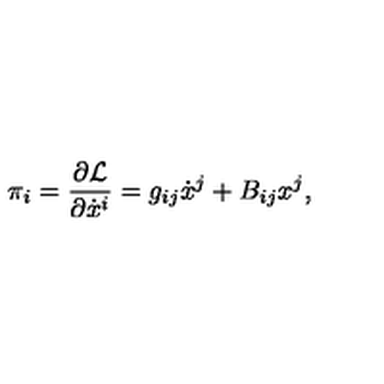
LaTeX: \pi _ { i } = \frac { \partial \mathcal { L } } { \partial \dot { x } ^ { i } } = g _ { i j } \dot { x } ^ { j } + B _ { i j } x ^ { j } ,